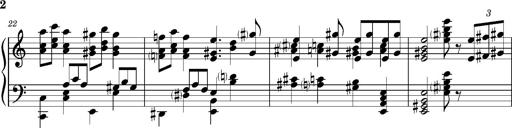
Title: RÃ¡kÃ³czi-Marsch, S.692d
Composer: Franz Liszt
Key: A minor